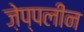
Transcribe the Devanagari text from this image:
ज़ेप्पलीन